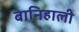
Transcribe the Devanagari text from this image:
बानिहाली